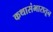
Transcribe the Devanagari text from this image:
कथासंभारातून